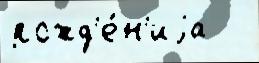
рожд'е́н'иjа